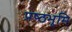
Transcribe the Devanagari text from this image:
प्रष्‍ठभूमि